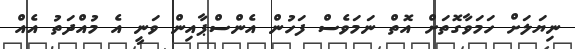
ނިޔަލަށް ހަމަވާގޮތަށް އޮތް ނަމަވެސް ފަހުން އެންސްޕާއިން ވަނީ އެ މުއްދަތު އެއް